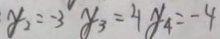
y _ { 2 } = - 3 y _ { 3 } = 4 y _ { 4 } = - 4